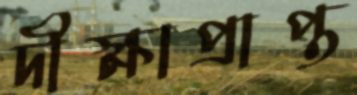
দীক্ষাপ্রাপ্ত